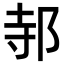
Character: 邿